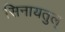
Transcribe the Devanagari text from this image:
सिनायतुल्